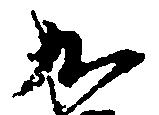
九